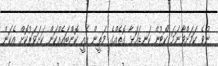
ނުވެ ކަމަށްވާނަމަ ކޯޓުން ކަނޑައަޅާ ގޮތެއްގެ މަތީން އެއީ ކޮންބައެއްކަން ކަށަވަރުކޮށް އެކަން